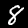
Digit: 8